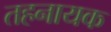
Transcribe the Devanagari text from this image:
तहनायक